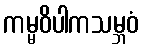
ကမ္မဝိပါကသမ္ဘဝံ